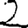
Digit: 2